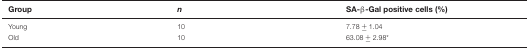
<table><thead><tr><td><b>Group</b></td><td><b><i>n</i></b></td><td><b>SA-β-Gal positive cells (%)</b></td></tr></thead><tbody><tr><td>Young</td><td>10</td><td>7.78 ± 1.04</td></tr><tr><td>Old</td><td>10</td><td>63.08 ± 2.98*</td></tr></tbody></table>